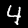
Label: 4